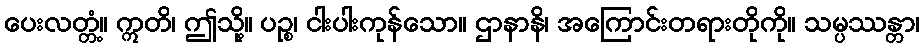
ပေးလတ္တံ့။ ဣတိ၊ ဤသို့။ ပဉ္စ၊ ငါးပါးကုန်သော။ ဌာနာနိ၊ အကြောင်းတရားတိုကို။ သမ္ပဿန္တာ၊